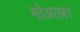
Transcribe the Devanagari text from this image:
मोअतबर